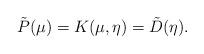
LaTeX: \begin{align*}\tilde{P}(\mu)=K(\mu,\eta)=\tilde{D}(\eta).\end{align*}